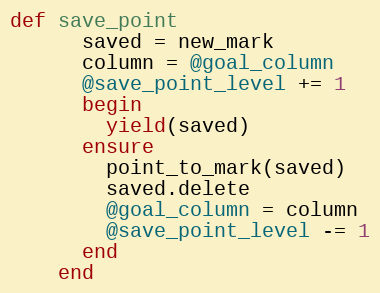
Language: Ruby
def save_point
      saved = new_mark
      column = @goal_column
      @save_point_level += 1
      begin
        yield(saved)
      ensure
        point_to_mark(saved)
        saved.delete
        @goal_column = column
        @save_point_level -= 1
      end
    end